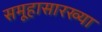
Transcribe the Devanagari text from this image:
समूहासारख्या